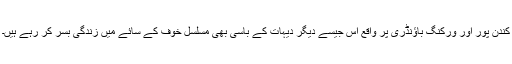
کندن پور اور ورکنگ باؤنڈری پر واقع اس جیسے دیگر دیہات کے باسی بھی مسلسل خوف کے سائے میں زندگی بسر کر رہے ہیں۔